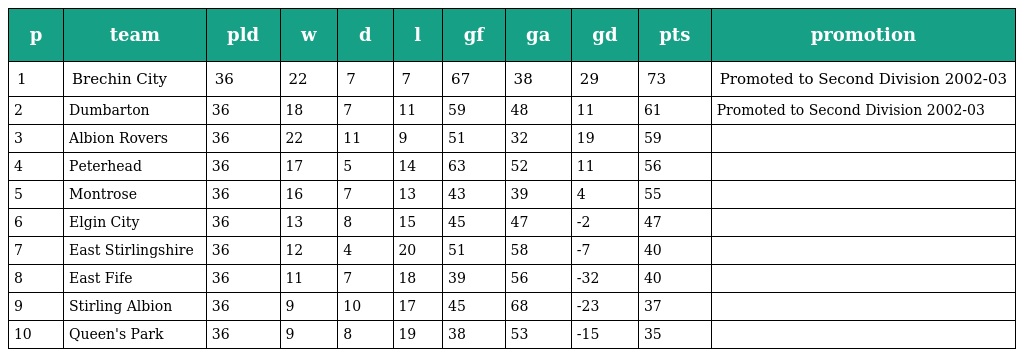
| p | team | pld | w | d | l | gf | ga | gd | pts | promotion |
 | --- | --- | --- | --- | --- | --- | --- | --- | --- | --- | --- |
 | 1 | Brechin City | 36 | 22 | 7 | 7 | 67 | 38 | 29 | 73 | Promoted to Second Division 2002-03 |
 | 2 | Dumbarton | 36 | 18 | 7 | 11 | 59 | 48 | 11 | 61 | Promoted to Second Division 2002-03 |
 | 3 | Albion Rovers | 36 | 22 | 11 | 9 | 51 | 32 | 19 | 59 |  |
 | 4 | Peterhead | 36 | 17 | 5 | 14 | 63 | 52 | 11 | 56 |  |
 | 5 | Montrose | 36 | 16 | 7 | 13 | 43 | 39 | 4 | 55 |  |
 | 6 | Elgin City | 36 | 13 | 8 | 15 | 45 | 47 | -2 | 47 |  |
 | 7 | East Stirlingshire | 36 | 12 | 4 | 20 | 51 | 58 | -7 | 40 |  |
 | 8 | East Fife | 36 | 11 | 7 | 18 | 39 | 56 | -32 | 40 |  |
 | 9 | Stirling Albion | 36 | 9 | 10 | 17 | 45 | 68 | -23 | 37 |  |
 | 10 | Queen's Park | 36 | 9 | 8 | 19 | 38 | 53 | -15 | 35 |  |